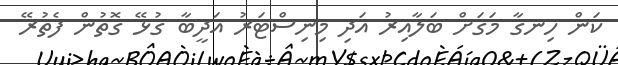
ކަން ހިނގާ މަގަށް ބަލާއިރު އަދި މިނިސްޓަރު އަދީބާ ގުޅޭ ގޮތުން ފެތުރޭ